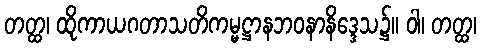
တတ္ထ၊ ထိုကာယဂတာသတိကမ္မဋ္ဌာနဘဝနာနိဒ္ဒေသ၌။ ဝါ၊ တတ္ထ၊